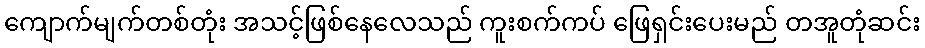
ကျောက်မျက်တစ်တုံး အသင့်ဖြစ်နေလေသည် ကူးစက်ကပ် ဖြေရှင်းပေးမည် တအူတုံဆင်း